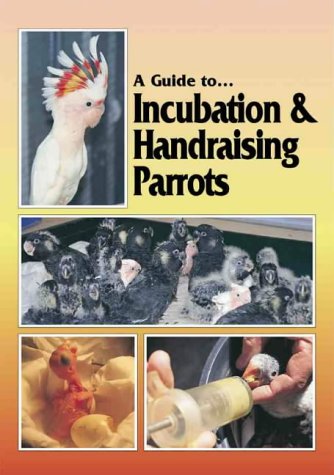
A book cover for Guide to Incubation & Handraising Parrots (A Guide to); Phil Digney; Crafts, Hobbies & Home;